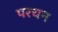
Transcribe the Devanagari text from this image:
परचन